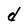
Character: d